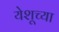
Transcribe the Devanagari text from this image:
येशूच्‍या